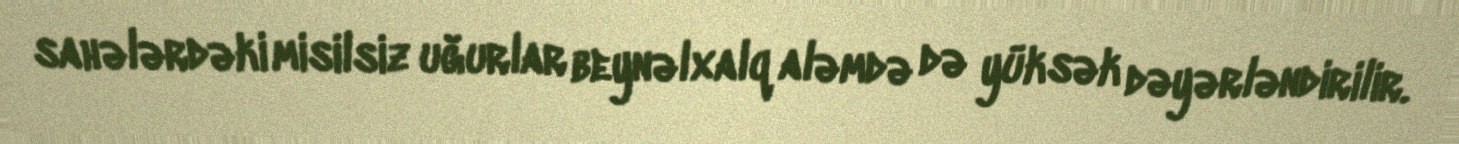
sahələrdəki misilsiz uğurlar beynəlxalq aləmdə də yüksək dəyərləndirilir.